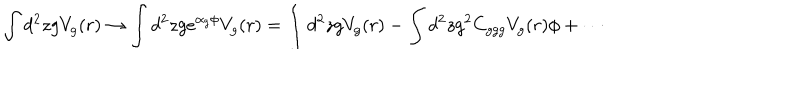
LaTeX: \int d ^ { 2 } z g V _ { g } ( r ) \to \int d ^ { 2 } z g e ^ { \alpha _ { g } \phi } V _ { g } ( r ) = \int d ^ { 2 } z g V _ { g } ( r ) - \int d ^ { 2 } z g ^ { 2 } C _ { g g g } V _ { g } ( r ) \phi + \cdots